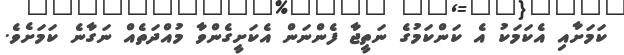
ކަމަށާއި އެކަމަކު އެ ކަންކަމުގެ ނަތީޖާ ފެންނަން އެކަށީގެންވާ މުއްދަތެއް ނަގާނެ ކަމަށެވެ.